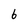
Character: 6